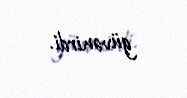
güvənirdi.